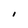
Character: I